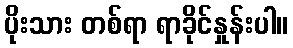
ပိုးသား တစ်ရာ ရာခိုင်နှုန်းပါ။